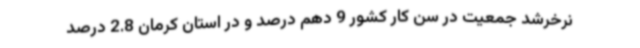
نرخرشد جمعیت در سن کار کشور 9 دهم درصد و در استان کرمان 2.8 درصد